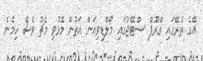
އޭގެ ތެރޭގައި ގްރޫޕް ސްޓޭޖުގައި މޯލްޑިވިއަން އަތުން މޮޅުވި މެޗު ވެސް ހިމެނެ